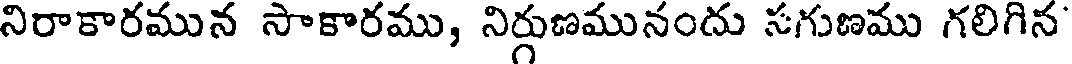
నిరాకారమున సాకారము, నిర్గుణమునందు సగుణము గలిగిన